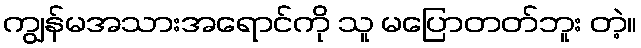
ကျွန်မအသားအရောင်ကို သူ မပြောတတ်ဘူး တဲ့။